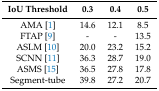
<table><thead><tr><td><b>IoU Threshold</b></td><td><b>0.3</b></td><td><b>0.4</b></td><td><b>0.5</b></td></tr></thead><tbody><tr><td>AMA [1]</td><td>14.6</td><td>12.1</td><td>8.5</td></tr><tr><td>FTAP [9]</td><td>-</td><td>-</td><td>13.5</td></tr><tr><td>ASLM [10]</td><td>20.0</td><td>23.2</td><td>15.2</td></tr><tr><td>SCNN [11]</td><td>36.3</td><td>28.7</td><td>19.0</td></tr><tr><td>ASMS [15]</td><td>36.5</td><td>27.8</td><td>17.8</td></tr><tr><td>Segment-tube</td><td>39.8</td><td>27.2</td><td>20.7</td></tr></tbody></table>